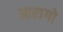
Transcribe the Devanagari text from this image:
आरागो